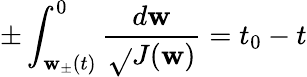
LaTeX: \pm\int_{\mathbf{w}_{\pm}(t)}^{0}\frac{{d\mathbf{w}}}{{\sqrt{}{{J(\mathbf{w})}}}}=t_{0}-t